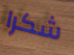
شكرا